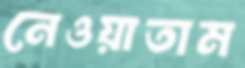
নেওয়াতাম